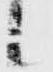
候